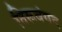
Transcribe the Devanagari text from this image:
तिरूवंगद